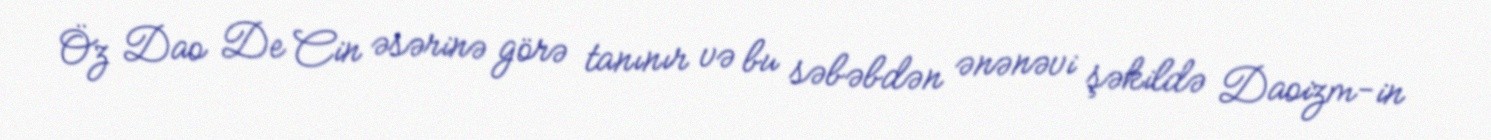
Öz Dao De Cin əsərinə görə tanınır və bu səbəbdən ənənəvi şəkildə Daoizm-in